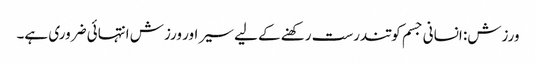
ورزش: انسانی جسم کو تندرست رکھنے کے لیے سیر اور ورزش انتہائی ضروری ہے۔